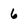
Character: 6